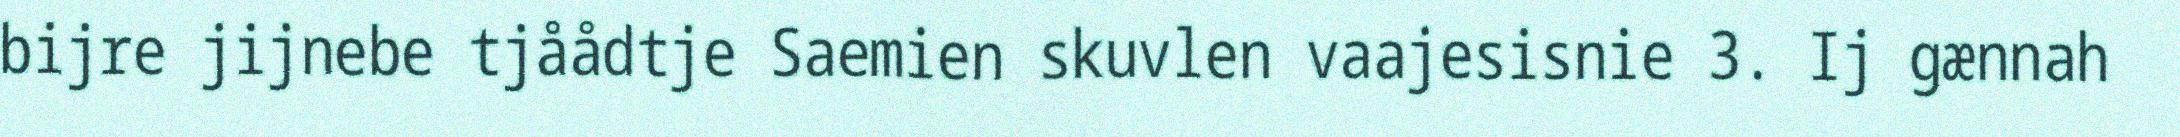
bijre jijnebe tjåådtje Saemien skuvlen vaajesisnie 3. Ij gænnah